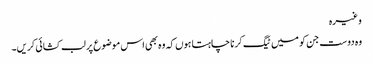
وغیرہ
وہ دوست جن کو میں ٹیگ کرنا چاہتا ہوں کہ وہ بھی اس موضوع پر لب کشائی کریں۔